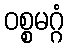
ဝစ္စမဂ္ဂံ